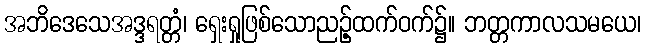
အဘိဒေသေအဒ္ဒရတ္တံ၊ ရှေးရှုဖြစ်သောညဉ့်ထက်ဝက်၌။ ဘတ္တကာလသမယေ၊